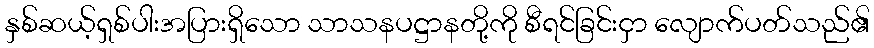
နှစ်ဆယ့်ရှစ်ပါးအပြားရှိသော သာသနပဋ္ဌာနတို့ကို စီရင်ခြင်းငှာ လျောက်ပတ်သည်၏